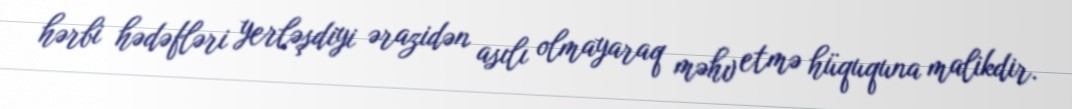
hərbi hədəfləri yerləşdiyi ərazidən asılı olmayaraq məhv etmə hüququna malikdir.